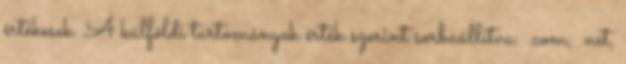
értékesek. A külföldi tartományok érték szerint sorbaállítva: .com, .net,